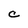
Character: C